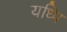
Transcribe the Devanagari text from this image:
यध्पि